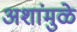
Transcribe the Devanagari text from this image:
अशांमुळे